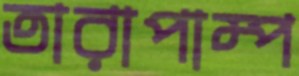
তারাপাম্প